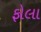
ફોલા